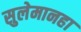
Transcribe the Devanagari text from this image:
सुलेमानहा